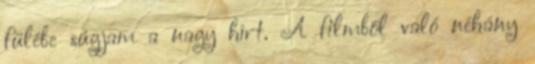
fülébe súgjam a nagy hírt. A filmből való néhány